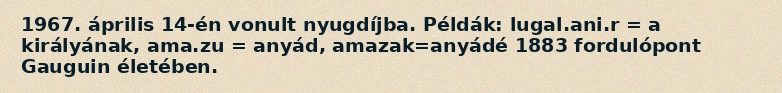
1967. április 14-én vonult nyugdíjba. Példák: lugal.ani.r = a királyának, ama.zu = anyád, amazak=anyádé 1883 fordulópont Gauguin életében.